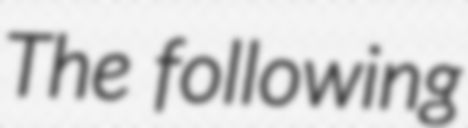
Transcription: The following